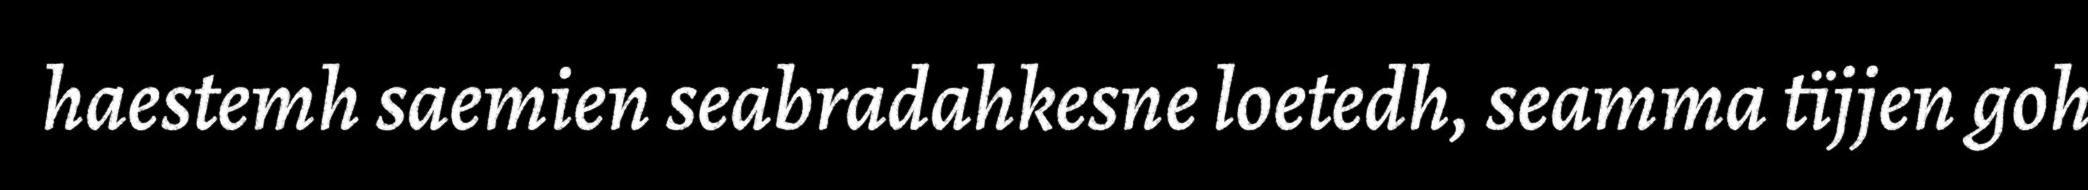
haestemh saemien seabradahkesne loetedh, seamma tïjjen goh